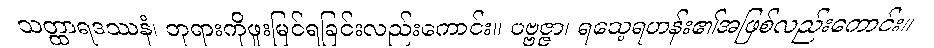
သတ္ထာရဒဿနံ၊ ဘုရားကိုဖူးမြင်ရခြင်းလည်းကောင်း။ ပဗ္ဗဇ္ဇာ၊ ရသေ့ရဟန်း၏အဖြစ်လည်းကောင်း။